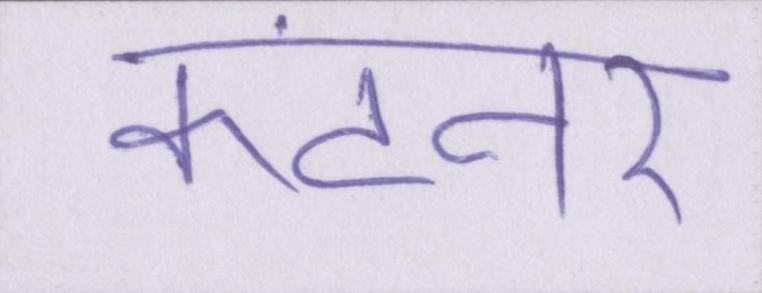
कंटेनर